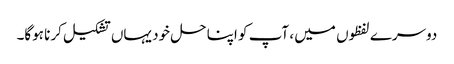
دوسرے لفظوں میں ، آپ کو اپنا حل خود یہاں تشکیل کرنا ہوگا۔